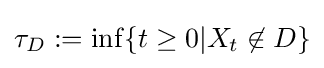
\tau _{D}:=\inf\{t\geq 0|X_{t}\not \in D\}